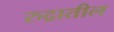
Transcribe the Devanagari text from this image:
रुद्रातील